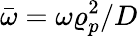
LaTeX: \bar{\omega}=\omega\varrho_{p}^{2}/D